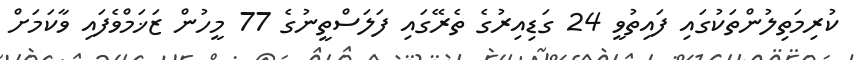
ކުރިމަތިލުންތަކުގައި ފައިތުވީ 24 ގަޑިއިރުގެ ތެރޭގައި ފަލަސްތީނުގެ 77 މީހުން ޒަޚަމްވެފައި ވާކަމަށް